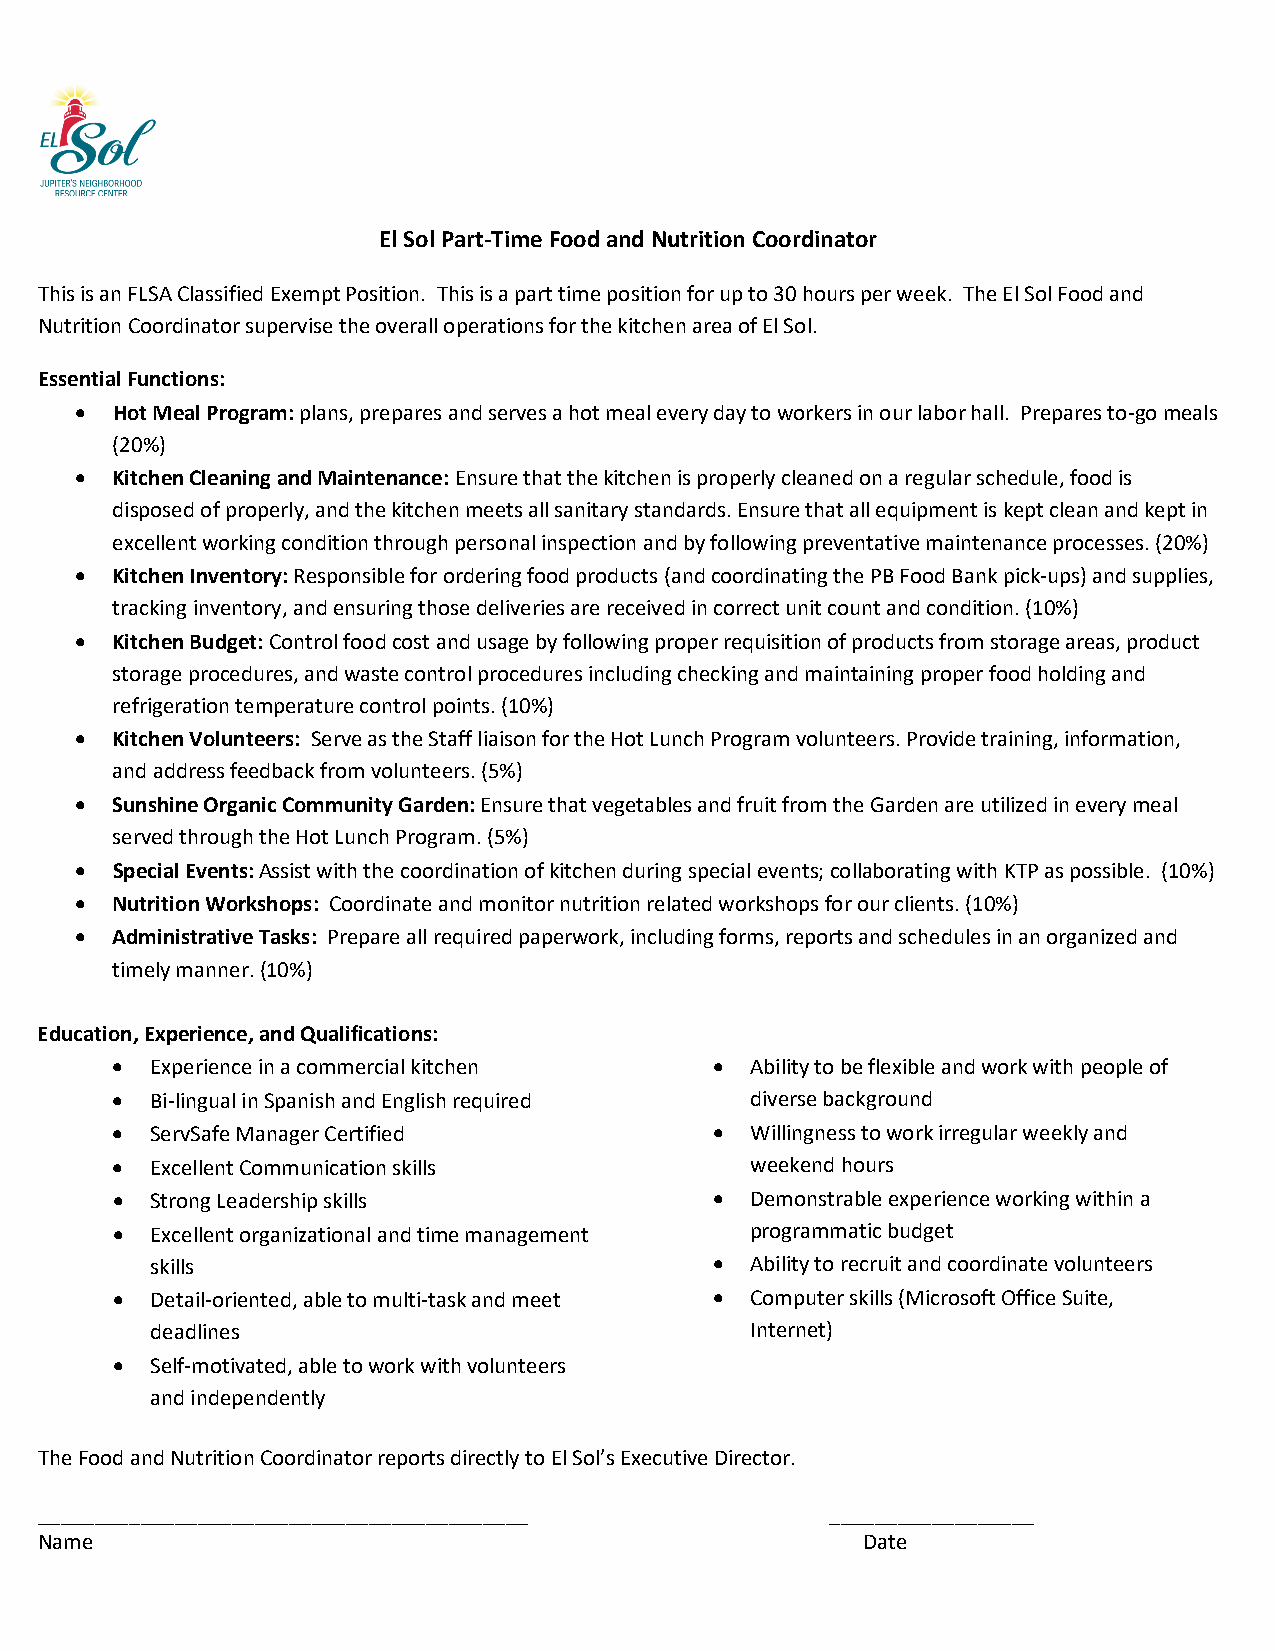
El Sol Part-Time Food and Nutrition Coordinator
 This is an FLSA Classified Exempt Position. This is a part time position for up to 30 hours per week. The El Sol Food and
 Nutrition Coordinator supervise the overall operations for the kitchen area of El Sol.
 Essential Functions:
 • Hot Meal Program: plans, prepares and serves a hot meal every day to workers in our labor hall. Prepares to-go meals
 (20%)
 • Kitchen Cleaning and Maintenance: Ensure that the kitchen is properly cleaned on a regular schedule, food is
 disposed of properly, and the kitchen meets all sanitary standards. Ensure that all equipment is kept clean and kept in
 excellent working condition through personal inspection and by following preventative maintenance processes. (20%)
 • Kitchen Inventory: Responsible for ordering food products (and coordinating the PB Food Bank pick-ups) and supplies,
 tracking inventory, and ensuring those deliveries are received in correct unit count and condition. (10%)
 • Kitchen Budget: Control food cost and usage by following proper requisition of products from storage areas, product
 storage procedures, and waste control procedures including checking and maintaining proper food holding and
 refrigeration temperature control points. (10%)
 • Kitchen Volunteers: Serve as the Staff liaison for the Hot Lunch Program volunteers. Provide training, information,
 and address feedback from volunteers. (5%)
 • Sunshine Organic Community Garden: Ensure that vegetables and fruit from the Garden are utilized in every meal
 served through the Hot Lunch Program. (5%)
 • Special Events: Assist with the coordination of kitchen during special events; collaborating with KTP as possible. (10%)
 • Nutrition Workshops: Coordinate and monitor nutrition related workshops for our clients. (10%)
 • Administrative Tasks: Prepare all required paperwork, including forms, reports and schedules in an organized and
 timely manner. (10%)
 Education, Experience, and Qualifications:
 •  Experience in a commercial kitchen   •  Ability to be flexible and work with people of
 •  Bi-lingual in Spanish and English required diverse background
 •  ServSafe Manager Certified           •  Willingness to work irregular weekly and
 •  Excellent Communication skills          weekend hours
 •  Strong Leadership skills             •  Demonstrable experience working within a
 •  Excellent organizational and time management programmatic budget
 skills                               •  Ability to recruit and coordinate volunteers
 •  Detail-oriented, able to multi-task and meet • Computer skills (Microsoft Office Suite,
 deadlines                               Internet)
 •  Self-motivated, able to work with volunteers
 and independently
 The Food and Nutrition Coordinator reports directly to El Sol’s Executive Director.
 ___________________________________________          __________________
 Name                                                   Date